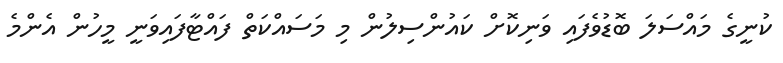
ކުނީގެ މައްސަލަ ބޮޑުވެފައި ވަނިކޮށް ކައުންސިލުން މި މަސައްކަތް ފައްޓާފައިވަނީ މީހުން އެންމެ